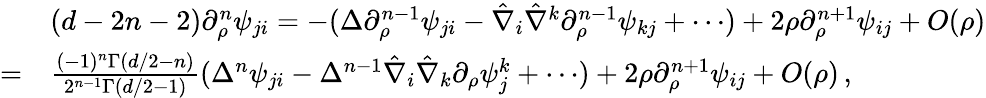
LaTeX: \begin{array}{rl}&{(d-2n-2)\partial_{\rho}^{n}\psi_{ji}=-(\Delta\partial_{\rho}^{n-1}\psi_{ji}-\hat{\nabla}_{i}\hat{\nabla}^{k}\partial_{\rho}^{n-1}\psi_{kj}+\cdots)+2\rho\partial_{\rho}^{n+1}\psi_{ij}+O(\rho)}\\ {=}&{\frac{(-1)^{n}\Gamma(d/2-n)}{2^{n-1}\Gamma(d/2-1)}(\Delta^{n}\psi_{ji}-\Delta^{n-1}\hat{\nabla}_{i}\hat{\nabla}_{k}\partial_{\rho}\psi^{k}_{j}+\cdots)+2\rho\partial_{\rho}^{n+1}\psi_{ij}+O(\rho)\, ,}\end{array}